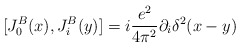
\begin{align*}[J^B_0(x),J^B_i(y)]=i{e^2\over 4\pi^2}\partial_i\delta^2(x-y)\end{align*}